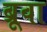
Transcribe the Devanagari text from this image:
ब्रूवा